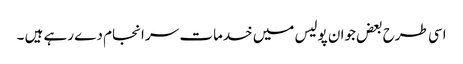
اسی طرح بعض جوان پولیس میں خدمات سر انجام دے رہے ہیں ۔